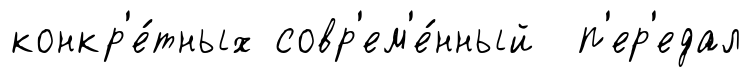
конкр'е́тных совр'ем'е́нный п'ер'едал